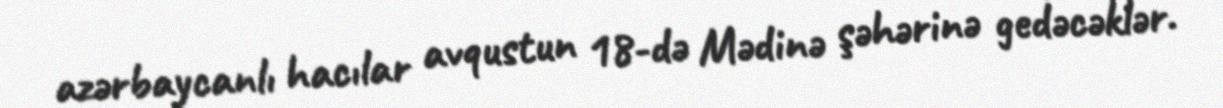
azərbaycanlı hacılar avqustun 18-də Mədinə şəhərinə gedəcəklər.